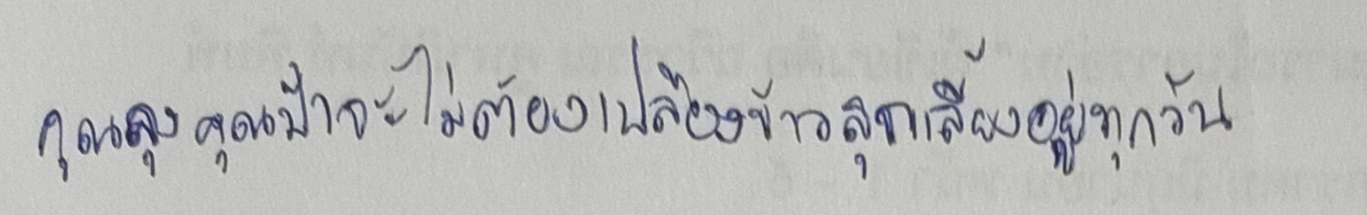
คุณลุงคุณป้าจะได้ไม่ต้องเปลืองข้าวสุกเลี้ยงอยู่ทุกวัน